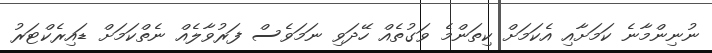
ނުނިންމާނެ ކަމަށާއި އެކަމަށް ކިތަންމެ ވަގުތެއް ހޭދަވި ނަމަވެސް ފަރުވާލެއް ނެތްކަމަށް ޑައިރެކްޓަރު